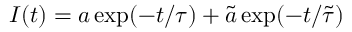
I ( t ) = a \exp ( - t / \tau ) + \tilde { a } \exp ( - t / \tilde { \tau } )